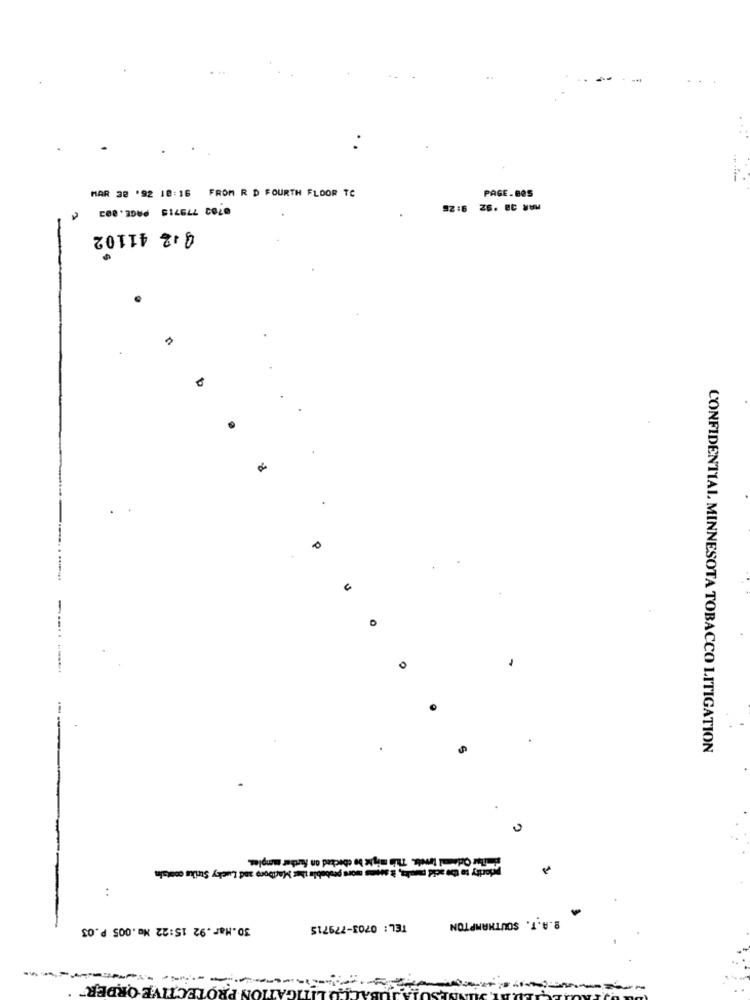
MAR 38 '92 18:16 FROM R D FOURTH FLOOR TC
0783 779715 PAGE.003
PAGE.BOS
MAR 38 '92 9:26
0,2 41102
0
CONFIDENTIAL MINNESOTA TOBACCO LITIGATION
similar Odlesal trvets. This might be checked on further menples.
priority to the acid maroka, à seems more probable ther Maciboro and Lucky Strike contain
. .
30.Mar.92 15:22 No.005 P.03
TEL: 0703-779715
B.A.T. SOUTHAMPTON
ECTIVE ORDER"